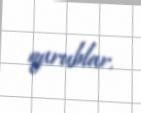
qurublar.